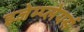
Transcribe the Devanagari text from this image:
इजेम्प्लेयर्स